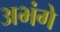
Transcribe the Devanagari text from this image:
अभंगे